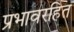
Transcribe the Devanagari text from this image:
प्रभावरहित